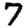
Digit: 7